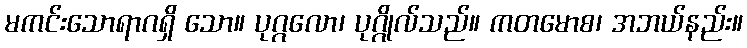
မကင်းသောရာဂရှိ သော။ ပုဂ္ဂလော၊ ပုဂ္ဂိုလ်သည်။ ကတမောစ၊ အဘယ်နည်း။